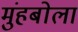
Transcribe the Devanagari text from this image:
मुंहबोला